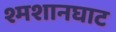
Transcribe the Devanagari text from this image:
श्मशानघाट